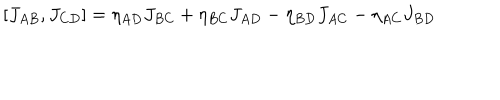
[ J _ { A B } , J _ { C D } ] = \eta _ { A D } J _ { B C } + \eta _ { B C } J _ { A D } - \eta _ { B D } J _ { A C } - \eta _ { A C } J _ { B D }